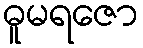
ဓူမရဇော